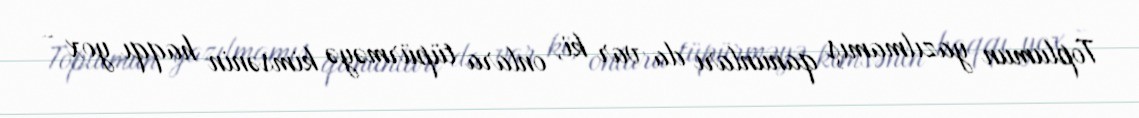
Toplumun yazılmamış qanunları da var ki, onlara tüpürməyə kimsənin haqqı yox -